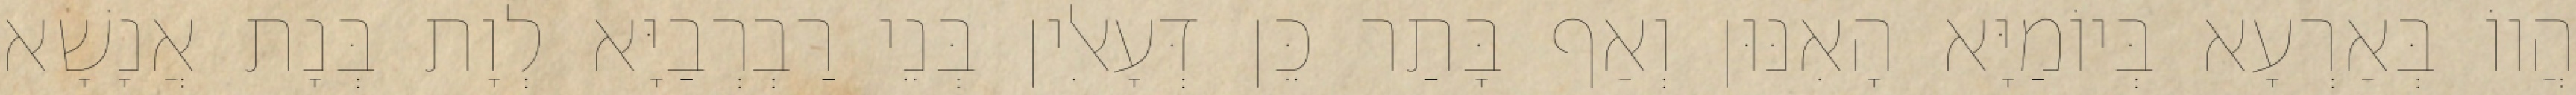
הֲווֹ בְּאַרְעָא בְּיוֹמַיָּא הָאִנּוּן וְאַף בָּתַר כֵּן דְּעָאלִין בְּנֵי רַבְרְבַיָּא לְוָת בְּנָת אֲנָשָׁא